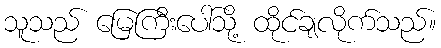
သူသည် မြေကြီးပေါ်သို့ ထိုင်ချလိုက်သည်။